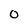
Character: 0